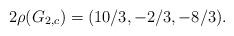
LaTeX: \begin{align*} 2\rho(G_{2,c}) = (10/3,-2/3,-8/3). \end{align*}